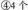
④4个